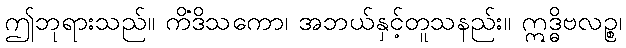
ဤဘုရားသည်။ ကိံဒိသကော၊ အဘယ်နှင့်တူသနည်း။ ဣဒ္ဓိဗလဉ္စ၊